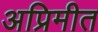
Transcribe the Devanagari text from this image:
अप्रिमीत